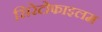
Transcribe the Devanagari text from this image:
सिरेटोफाइलम